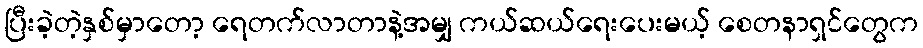
ပြီးခဲ့တဲ့နှစ်မှာတော့ ရေတက်လာတာနဲ့အမျှ ကယ်ဆယ်ရေးပေးမယ့် စေတနာရှင်တွေက